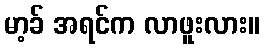
မာ့ခ် အရင်က လာဖူးလား။